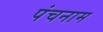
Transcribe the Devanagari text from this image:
पंचनाम